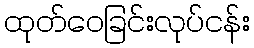
ထုတ်ဝေခြင်းလုပ်ငန်း